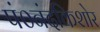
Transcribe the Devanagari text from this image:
पं०नंदकिशोर